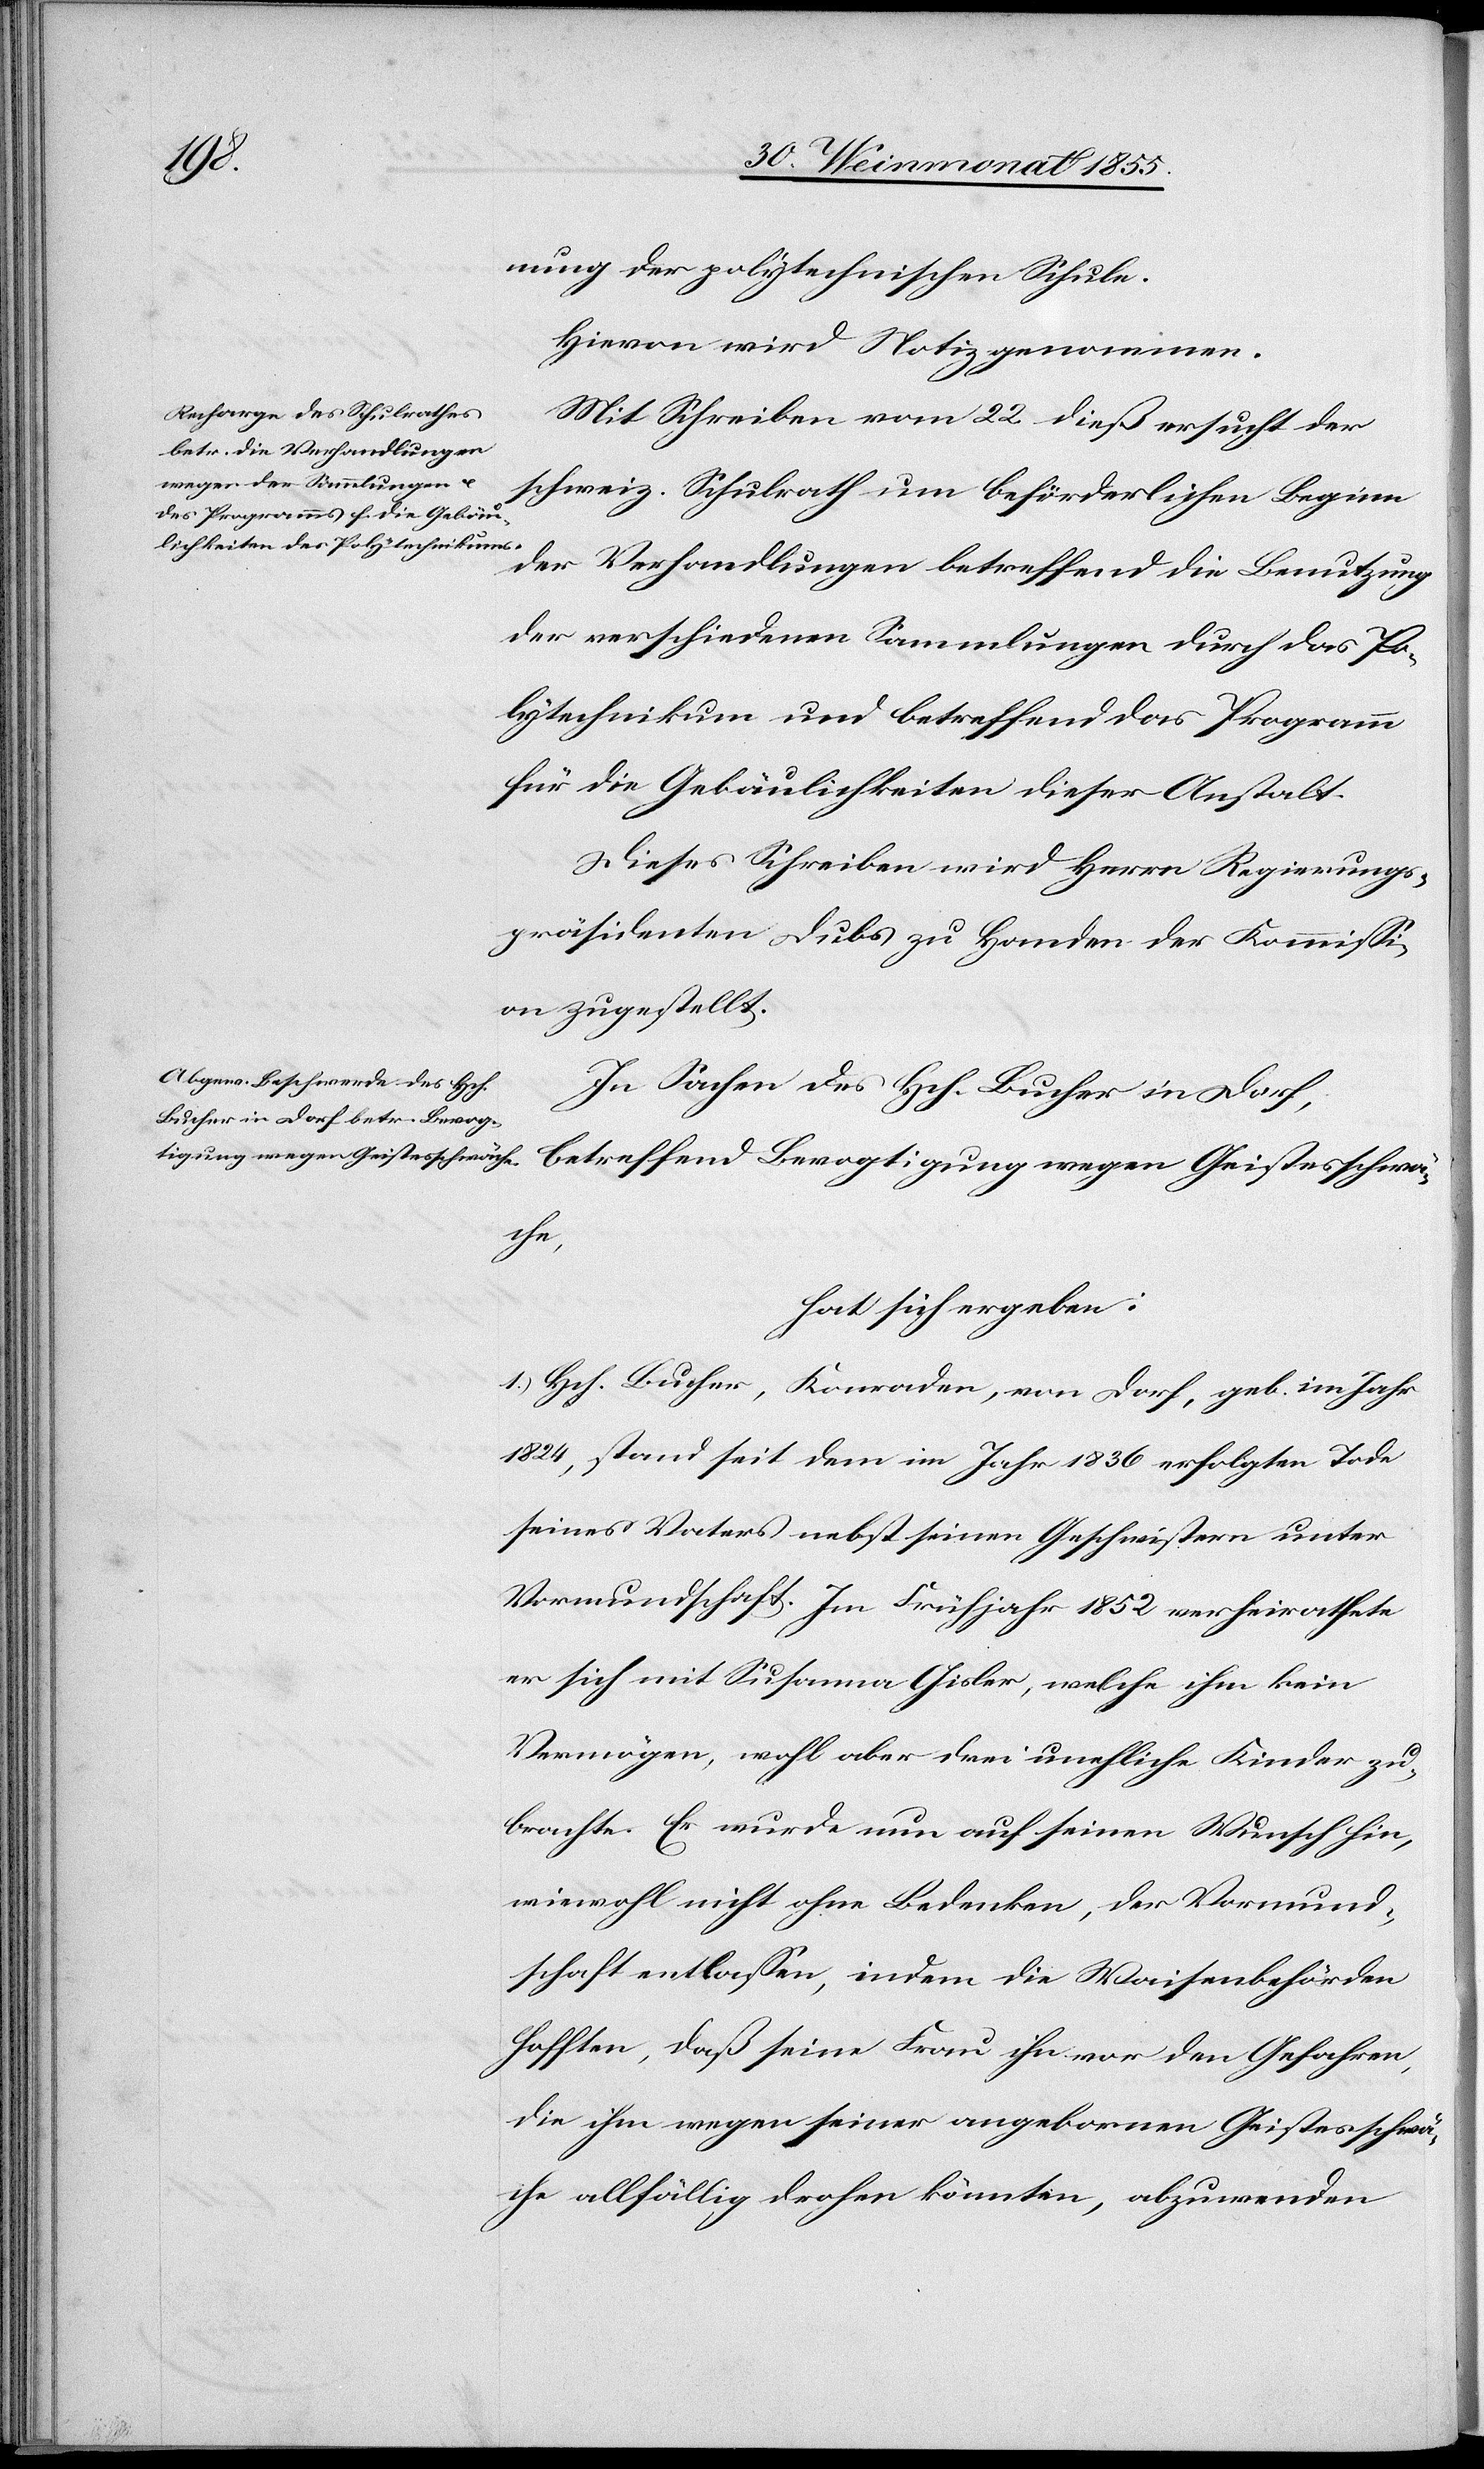
nung der polytechnischen Schule.
Hievon wird Notiz genommen.
Mit Schreiben vom 22 dieß ersucht der
schweiz. Schulrath um beförderlichen Beginn
der Verhandlungen betreffend die Benutzung
der verschiedenen Sammlungen durch das Po¬
lytechnikum und betreffend das Programm
für die Gebäulichkeiten dieser Anstalt.
Dieses Schreiben wird Herrn Regierungs¬
präsidenten Dubs zu Handen der Kommissi¬
on zugestellt.
In Sachen des Hch. Bucher in Dorf,
betreffend Bevogtigung wegen Geistesschwä¬
che,
hat sich ergeben:
1.) Hch. Bucher, Konraden, von Dorf, geb. im Jahr
1824, stand seit dem im Jahr 1836 erfolgten Tode
seines Vaters nebst seinen Geschwistern unter
Vormundschaft. Im Frühjahr 1852 verheirathete
er sich mit Susanna Gisler, welche ihm kein
Vermögen, wohl aber drei unehliche Kinder zu¬
brachte. Er wurde nun auf seinen Wunsch hin,
wiewohl nicht ohne Bedenken, der Vormund¬
schaft entlassen, indem die Waisenbehörden
hofften, daß seine Frau ihn vor den Gefahren,
die ihm wegen seiner angebornen Geistesschwä¬
che allfällig drohen könnten, abzuwenden